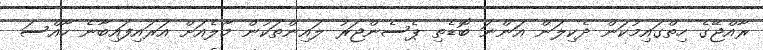
ރާއްޖޭގެ ހިތްގައިމުކަން ދެކިލަން އަންނަ ބޮޑެތި ޕެސެންޖަރު ލައިންތަކުން މާލެއަށް އަރައިފައިބާނެ ހާއްސަ